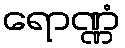
ရောဏ္ဏံ